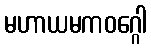
မဟာယမကဝဂ္ဂေါ